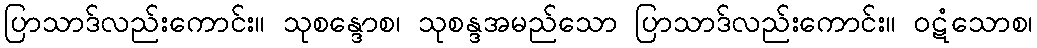
ပြာသာဒ်လည်းကောင်း။ သုစန္ဒောစ၊ သုစန္ဒအမည်သော ပြာသာဒ်လည်းကောင်း။ ဝဋံသောစ၊